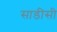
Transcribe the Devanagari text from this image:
साडीसी